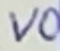
Text: VO